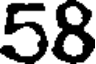
58